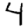
Digit: 4